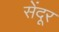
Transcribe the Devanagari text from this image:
सेंदूर